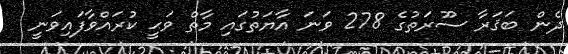
ދެން ބަޤަރާ ސޫރަތުގެ 278 ވަނަ އާޔަތުގައި މާތް ވަޙީ ކުރައްވާފައިވަނީ